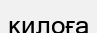
килоға